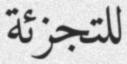
للتجزئة